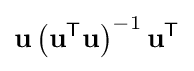
\mathbf {u} \left(\mathbf {u} ^{\mathsf {T}}\mathbf {u} \right)^{-1}\mathbf {u} ^{\mathsf {T}}